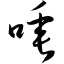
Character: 唾